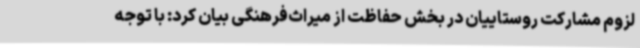
لزوم مشارکت روستاییان در بخش حفاظت از میراث‌فرهنگی بیان کرد: با توجه